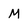
Character: M